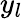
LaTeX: y_{l}